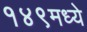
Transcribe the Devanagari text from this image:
१४९मध्ये